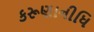
કરૂણાનીધિ